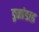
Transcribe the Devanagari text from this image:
ड्रमांडाइ